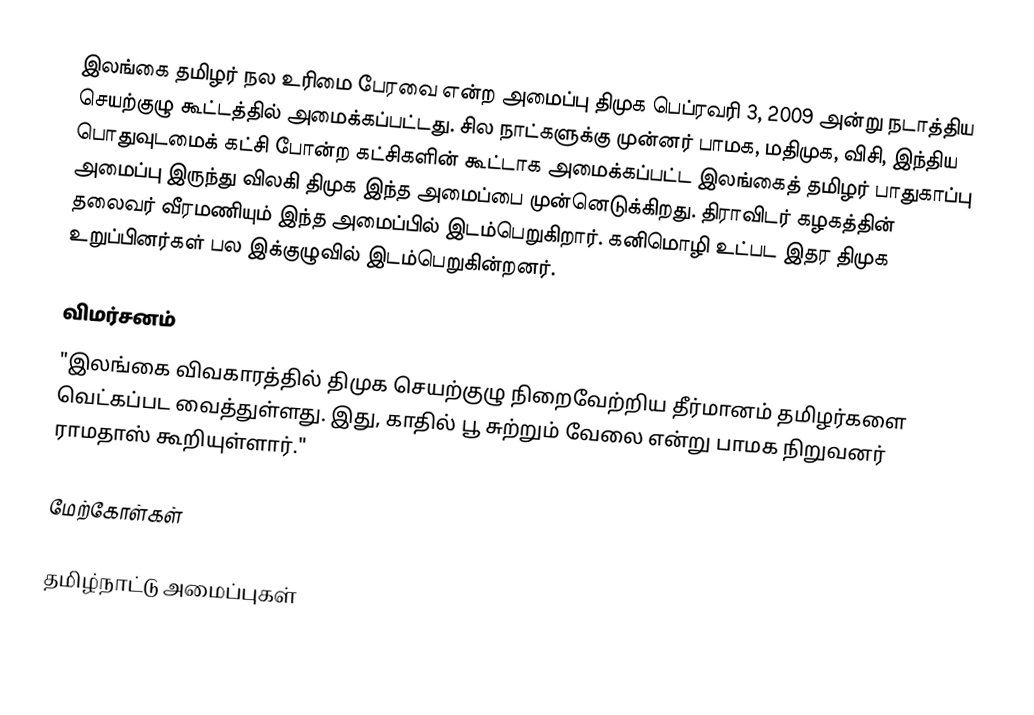
இலங்கை தமிழர் நல உரிமை பேரவை என்ற அமைப்பு திமுக பெப்ரவரி 3, 2009 அன்று நடாத்திய செயற்குழு கூட்டத்தில் அமைக்கப்பட்டது.  சில நாட்களுக்கு முன்னர் பாமக, மதிமுக, விசி, இந்திய பொதுவுடமைக் கட்சி போன்ற கட்சிகளின் கூட்டாக அமைக்கப்பட்ட இலங்கைத் தமிழர் பாதுகாப்பு அமைப்பு இருந்து விலகி திமுக இந்த அமைப்பை முன்னெடுக்கிறது.  திராவிடர் கழகத்தின் தலைவர் வீரமணியும் இந்த அமைப்பில் இடம்பெறுகிறார்.  கனிமொழி உட்பட இதர திமுக உறுப்பினர்கள் பல இக்குழுவில் இடம்பெறுகின்றனர்.

விமர்சனம்
"இலங்கை விவகாரத்தில் திமுக செயற்குழு நிறைவேற்றிய தீர்மானம் தமிழர்களை வெட்கப்பட வைத்துள்ளது. இது, காதில் பூ சுற்றும் வேலை என்று பாமக நிறுவனர் ராமதாஸ் கூறியுள்ளார்."

மேற்கோள்கள்

தமிழ்நாட்டு அமைப்புகள்